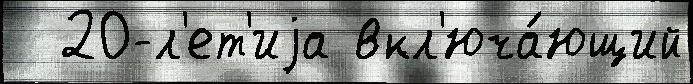
  20-л'ет'иjа вкл'юча́ющий